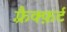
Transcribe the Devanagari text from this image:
फ़्रैक्फ़र्ट